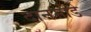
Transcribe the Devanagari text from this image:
दानमोडे